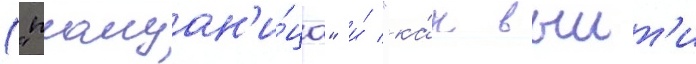
("плащан'и́ца" и́ "ка́к выит'и